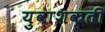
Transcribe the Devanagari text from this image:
युवाशक्ती